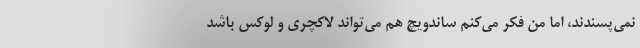
نمی‌پسندند، اما من فکر می‌کنم ساندویچ هم می‌تواند لاکچری و لوکس باشد